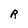
Character: R